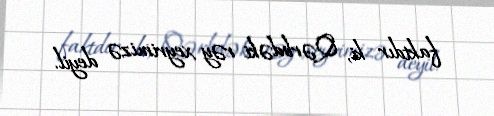
faktdır ki, Qərbdəki rəy xeyrimizə deyil.